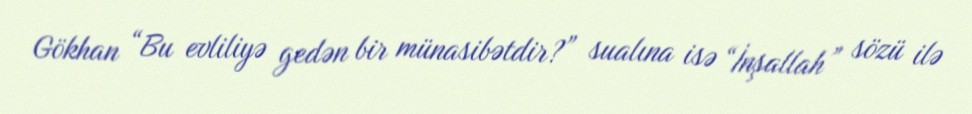
Gökhan “Bu evliliyə gedən bir münasibətdir?” sualına isə “İnşallah” sözü ilə